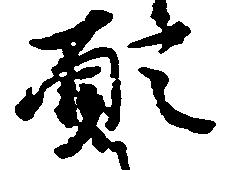
願